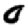
Digit: 0